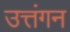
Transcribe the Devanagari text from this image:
उत्तंगन